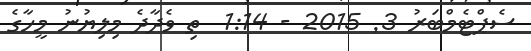
ސެޕްޓެމްބަރު 3